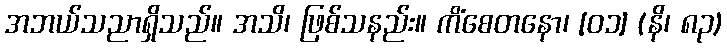
အဘယ်သညာရှိသည်။ အသိ၊ ဖြစ်သနည်း။ ကိံစေတနော၊ [၀၁] (နိ၊ ၈၃)